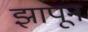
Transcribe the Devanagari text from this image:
झापून